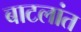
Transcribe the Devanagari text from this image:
बाटलांत